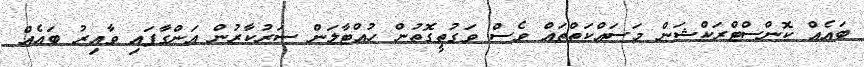
ބައެއް ކޮންސްޓްރަކްޝަން މަސައްކަތްތައް ވެސް ވަގުތީގޮތުން ހުއްޓާލަން ސަރުކާރުން އަންގާފައި ވާއިރު ބައެއް